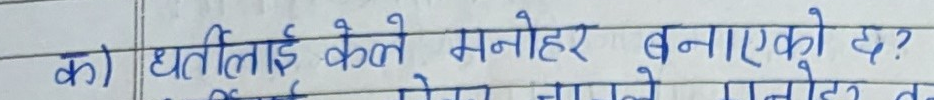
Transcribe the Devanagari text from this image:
क) धर्तीलाई केले मनोहर बनाएको छ?